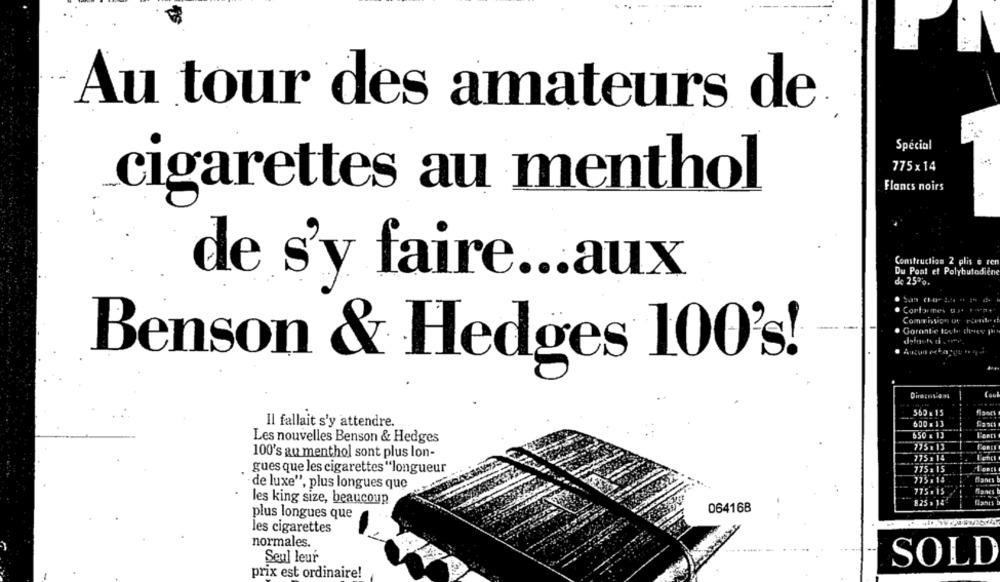
Au tour des amateurs de
Spécial
775×14
cigarettes au menthol
Flancs noirs
Construction 2 plis o ren
Du Pont et Polybutodiene
de s'y faire ... aux
de 257%.
Gorante toute they po
Benson & Hedges 100's!
Direcms das
-
550 x 15
Il fallait s'y attendre.
600 .13
650 x 13
Les nouvelles Benson & Hedges
775113
100's au menthol sont plus lon-
775 x14
gues que les cigarettes "longueur
175 : 15
775 .14
Tanes
de luxe", plus longues que
les king size, beaucoup
8.25 ,14
last's
064168
plus longues que
les cigarettes
normales.
Seul leur
SOLD
prix est ordinaire!